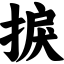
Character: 捩